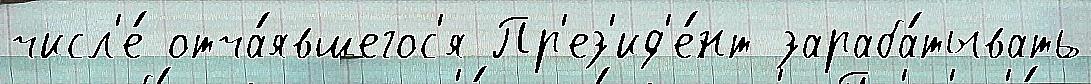
числ'е́ отча́явшегос'я Пр'ез'ид'е́нт зараба́тывать